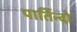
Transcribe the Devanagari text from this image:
पार्तिन्दो